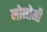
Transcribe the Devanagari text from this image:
मोनोमी